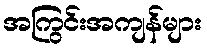
အကြွင်းအကျန်များ